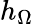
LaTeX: h_{\Omega}